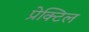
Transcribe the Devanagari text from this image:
प्रेक्टिल